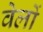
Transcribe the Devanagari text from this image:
वेलों